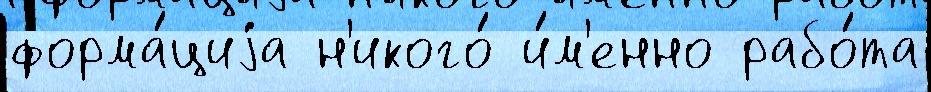
форма́циjа н'икого́ и́м'енно рабо́та